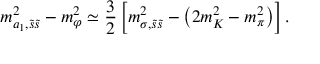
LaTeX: m _ { a _ { 1 } , \tilde { s } \tilde { s } } ^ { 2 } - m _ { \varphi } ^ { 2 } \simeq \frac 3 2 \left[ m _ { \sigma , \tilde { s } \tilde { s } } ^ { 2 } - \left( 2 m _ { K } ^ { 2 } - m _ { \pi } ^ { 2 } \right) \right] .